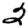
Digit: 2